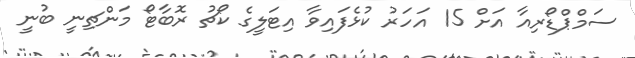
ސަމްޕްޑޯރިއާ އަށް 15 އަހަރު ކުޅެފައިވާ އިޓަލީގެ ކޯޗު ރޮބާޓޯ މަންޗިނީ ބުނީ